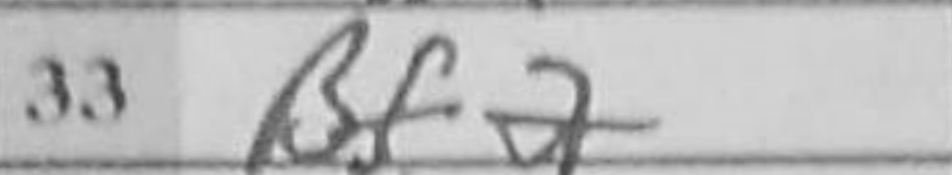
Transcription: Bf2